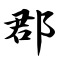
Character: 郡